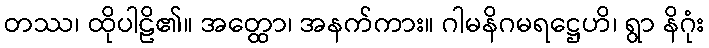
တဿ၊ ထိုပါဠိ၏။ အတ္ထော၊ အနက်ကား။ ဂါမနိဂမရဋ္ဌေဟိ၊ ရွာ နိဂုံး